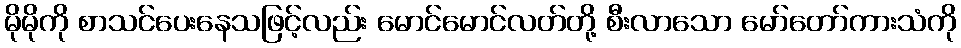
မိုမိုကို စာသင်ပေးနေသဖြင့်လည်း မောင်မောင်လတ်တို့ စီးလာသော မော်တော်ကားသံကို